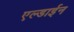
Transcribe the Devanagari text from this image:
एल्डाईन